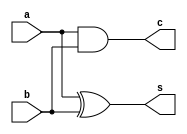
//data flow modeling.
//half adder.

//start module.
module halfAdder(a,b,c,s);
    //declare i/o ports.
    input a,b;
    output c,s;
    
    //assigning sum and carry values.
    assign s= a ^ b;
    assign c= a & b;

//ending module
endmodule